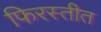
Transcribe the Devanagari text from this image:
फिरस्तीत